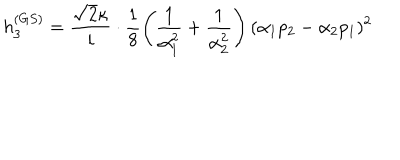
LaTeX: h _ { 3 } ^ { ( G S ) } = \frac { \sqrt { 2 } \kappa } { i } \cdot \frac { 1 } { 8 } \left( \frac { 1 } { \alpha _ { 1 } ^ { 2 } } + \frac { 1 } { \alpha _ { 2 } ^ { 2 } } \right) ( \alpha _ { 1 } p _ { 2 } - \alpha _ { 2 } p _ { 1 } ) ^ { 2 } ~